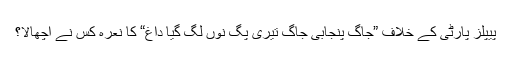
پیپلز پارٹی کے خلاف ”جاگ پنجابی جاگ تیری پگ نوں لگ گیا داغ“ کا نعرہ کس نے اچھالا؟